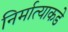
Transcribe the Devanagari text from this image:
निर्मात्याकडे